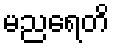
မညရေတိ